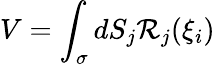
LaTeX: V=\int_{\sigma}dS_{j}\mathcal{R}_{j}(\xi_{i})